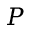
P